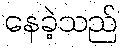
နေခဲ့သည်